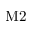
\mathrm { M 2 }